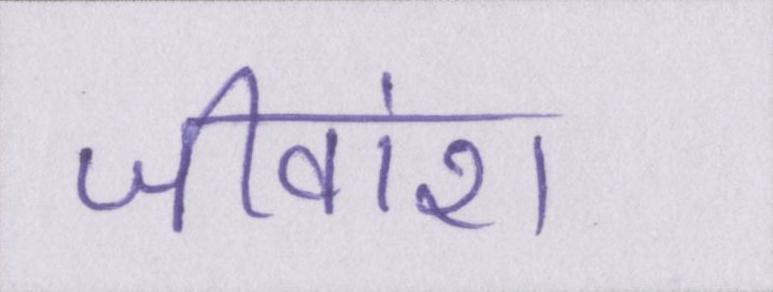
जीवांश